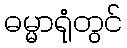
ဓမ္မာရုံတွင်